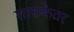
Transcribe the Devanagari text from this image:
शासकेतर